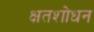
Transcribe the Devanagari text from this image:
क्षतशोधन